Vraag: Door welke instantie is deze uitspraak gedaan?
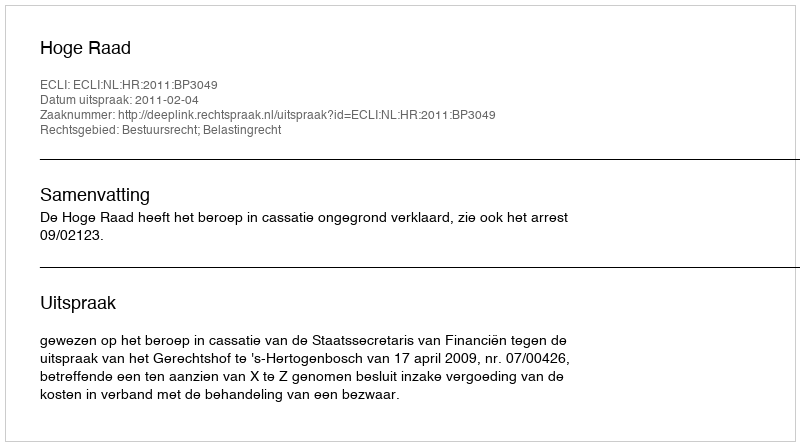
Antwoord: Hoge Raad